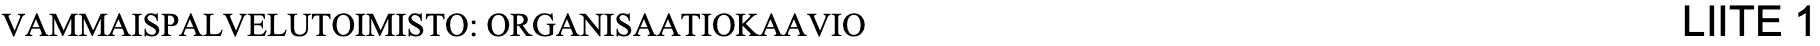
VAMMAISPALVELUTOIMISTO: ORGANISAATIOKAAVIO              LIITE 1